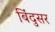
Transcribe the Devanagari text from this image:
बिंदुसर